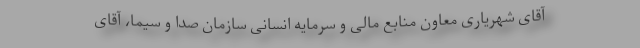
آقای شهریاری معاون منابع مالی و سرمایه انسانی سازمان صدا و سیما، آقای